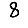
Digit: 8